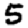
Digit: 5